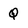
Character: Q